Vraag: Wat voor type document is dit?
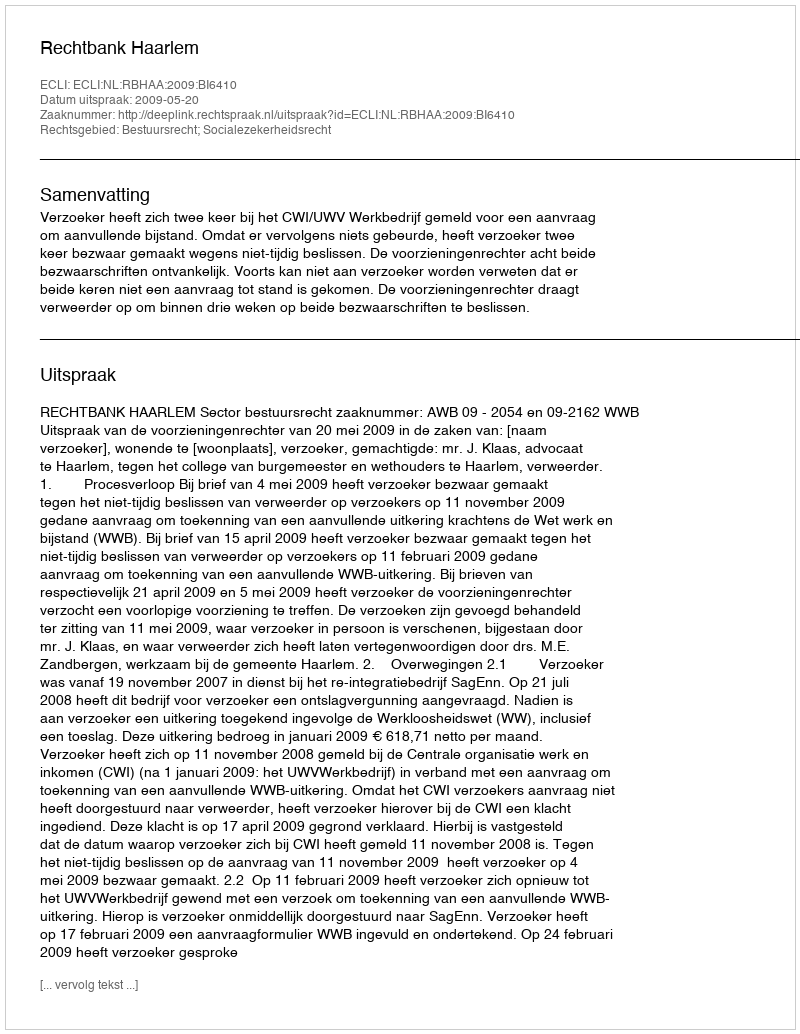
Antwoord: Uitspraak